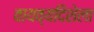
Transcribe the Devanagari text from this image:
वायव्यदिशेला